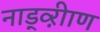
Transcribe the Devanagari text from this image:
नाड्व्ऱीाण